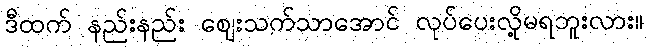
ဒီထက် နည်းနည်း ဈေးသက်သာအောင် လုပ်ပေးလို့မရဘူးလား။